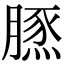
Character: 𦟙